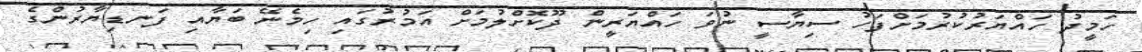
ހަމީދު ހައްޔަރުކުރުމަށްފަހު ސިޔާސީ ނުވަ ހައްޔަރީން ދޫކޮށްލުމަށް އަމުރުގައި ހިމެނޭ ބަޔާއި ފަނޑިޔާރުންގެ